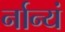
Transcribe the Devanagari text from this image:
र्नान्यं